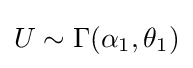
U\sim \Gamma (\alpha _{1},\theta _{1})